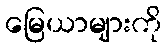
မြေယာများကို